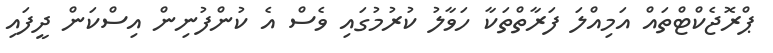
ޕްރޮޖެކްޓްތައް އަމިއްލަ ފަރާތްތަކާ ހަވާލު ކުރުމުގައި ވެސް އެ ކުންފުނިން އިސްކަން ދީފައި